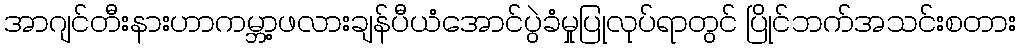
အာဂျင်တီးနားဟာကမ္ဘာ့ဖလားချန်ပီယံအောင်ပွဲခံမှုပြုလုပ်ရာတွင် ပြိုင်ဘက်အသင်းစတား